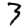
Digit: 3